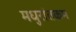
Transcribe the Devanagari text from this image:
मधुरांतकम